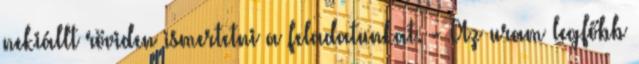
nekiállt röviden ismertetni a feladatunkat. - Az uram legfőbb